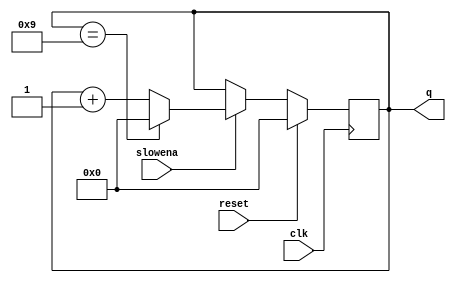
module top_module (
    input clk,
    input slowena,
    input reset,
    output [3:0] q);
    
    always @(posedge clk) begin
        if(reset) q <= 4'b0000;
        else begin
            if(slowena) begin
                if(q == 4'b1001) q <= 4'b0000;
                else q <= q + 1'b1;
            end
        end
    end
endmodule